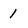
Character: 1